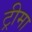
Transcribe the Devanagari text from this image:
ट्रीमा